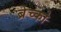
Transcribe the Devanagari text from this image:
ब्रेच्को